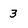
Character: 3